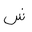
Letter: _shin